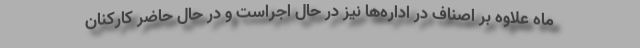
ماه علاوه بر اصناف در اداره‌ها نیز در حال اجراست و در حال حاضر کارکنان